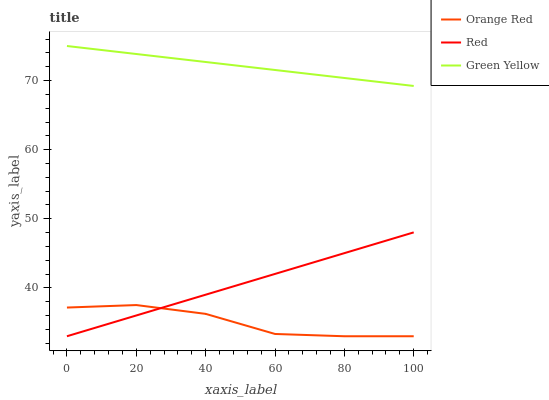
| xaxis_label | Orange Red | Red | Green Yellow |
 | --- | --- | --- | --- |
 | 0 | 37.2 | 33 | 75 |
 | 20 | 37.5 | 36 | 73.8 |
 | 40 | 36.2 | 39 | 72.7 |
 | 60 | 33.3 | 42 | 71.5 |
 | 80 | 33 | 45 | 70.4 |
 | 100 | 33 | 48 | 69.2 |